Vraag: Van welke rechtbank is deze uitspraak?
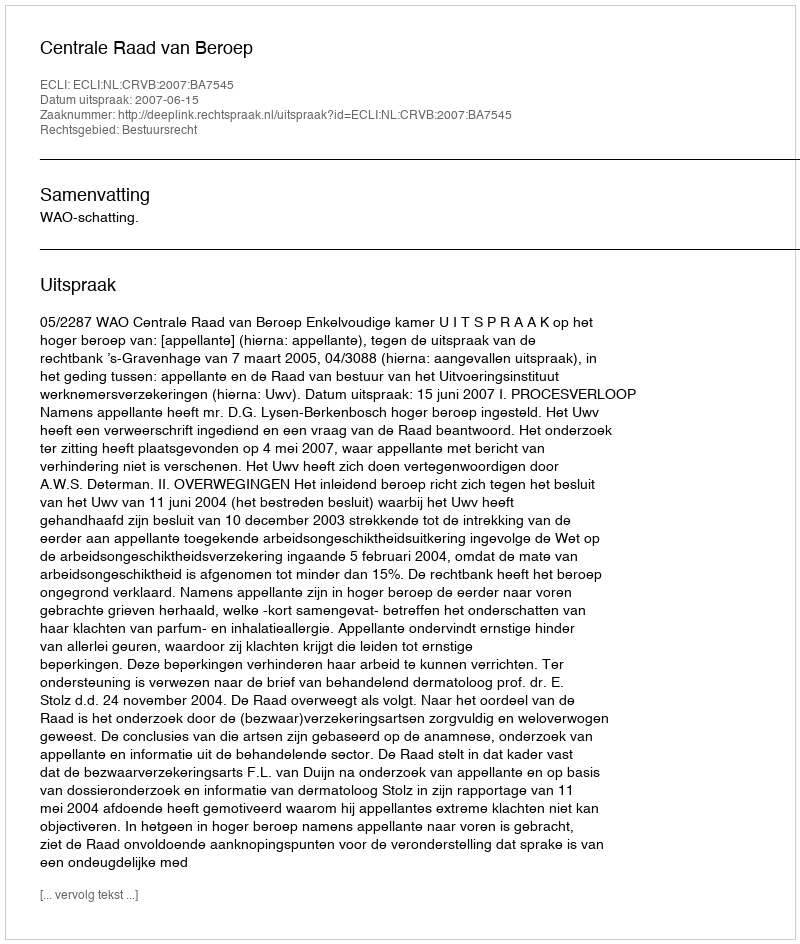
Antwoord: Centrale Raad van Beroep